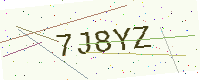
Text: 7J8YZ